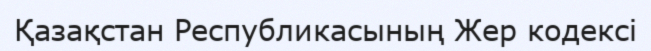
Қазақстан Республикасының Жер кодексі